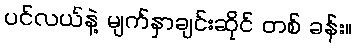
ပင်လယ်နဲ့ မျက်နှာချင်းဆိုင် တစ် ခန်း။